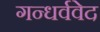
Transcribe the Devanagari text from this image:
गन्धर्ववेद